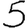
Digit: 5